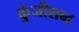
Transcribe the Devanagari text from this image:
कुंजीशब्द